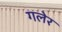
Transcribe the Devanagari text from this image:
गलेर